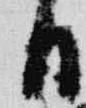
日